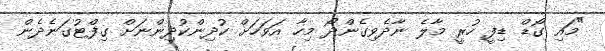
"މައި ގޯޑް ޑިފީ ހުރީ މާލެ ނާދެވިގެންދޯ މިހާ އަވަހަށް ކުދިންކުދިންނަށް ގިފްޓުގަނެދެން